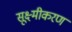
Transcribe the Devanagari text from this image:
सूक्ष्मीकरण